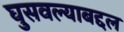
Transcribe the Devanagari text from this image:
घुसवल्याबद्दल